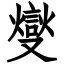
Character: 燮